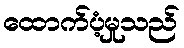
ထောက်ပံ့မှုသည်